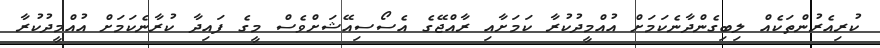
ކުރިއެރުންތަކެއް ލިބިގެންދާނެކަމަށް އުއްމީދުކުރާ ކަމަށާއި ރާއްޖޭގެ އެސޯސިއޭޝަަށްވެސް މީގެ ފައިދާ ކުރާނެކަމަށް އުއްމީދުކުރާ